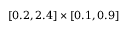
[ 0 . 2 , 2 . 4 ] \times [ 0 . 1 , 0 . 9 ]